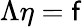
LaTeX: \Lambda\eta=\mathsf{f}